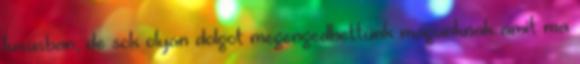
luxusban, de sok olyan dolgot megengedhettünk magunknak amit ma